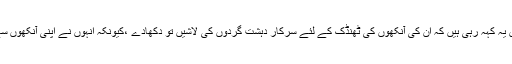
انہوں نے کہا کہ آج شہیدوں کی بیویاں یہ کہہ رہی ہیں کہ ان کی آنکھوں کی ٹھنڈک کے لئے سرکار دہشت گردوں کی لاشیں تو دکھادے ،کیونکہ انہوں نے اپنی آنکھوں سے 40 شہیدوں کے لاشیں دیکھی ہیں۔